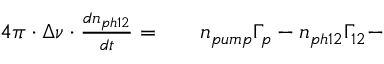
\begin{array} { r l r } { 4 \pi \cdot \Delta \nu \cdot \frac { d n _ { p h 1 2 } } { d t } = } & { { } } & { n _ { p u m p } \Gamma _ { p } - n _ { p h 1 2 } \Gamma _ { 1 2 } - } \end{array}